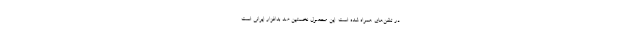
در تلفن‌های همراه شده است. این محصول نخستین ضد بدافزار ایرانی است